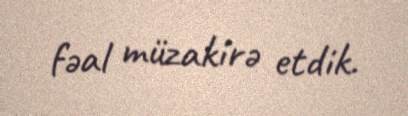
fəal müzakirə etdik.